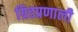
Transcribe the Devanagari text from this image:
ग्रिडप्रणाली